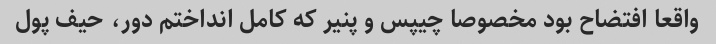
واقعا افتضاح بود مخصوصا چیپس و پنیر که کامل انداختم دور، حیف پول